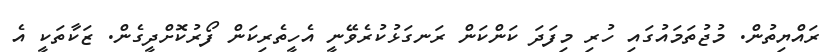
ރައްޔިތުން. މުޖުތަމައުގައި ހުރި މިފަދަ ކަންކަން ރަނގަޅުކުރެވޭނީ އެހީތެރިކަން ފޯރުކޮށްދީގެން. ޒަކާތަކީ އެ